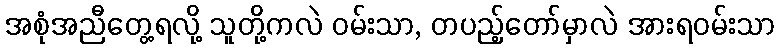
အစုံအညီတွေ့ရလို့ သူတို့ကလဲ ဝမ်းသာ, တပည့်တော်မှာလဲ အားရဝမ်းသာ